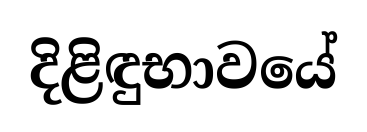
දිළිඳුභාවයේ